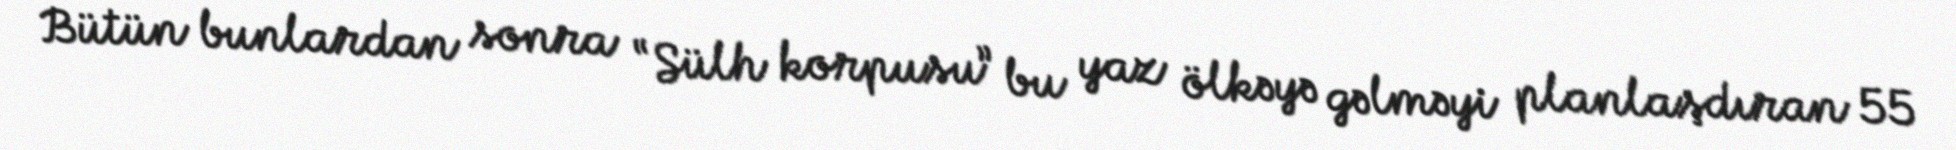
Bütün bunlardan sonra “Sülh korpusu” bu yaz ölkəyə gəlməyi planlaşdıran 55